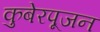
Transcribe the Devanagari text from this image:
कुबेरपूजन